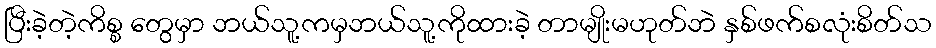
ပြီးခဲ့တဲ့ကိစ္စ တွေမှာ ဘယ်သူ့ကမှဘယ်သူ့ကိုထားခဲ့ တာမျိုးမဟုတ်ဘဲ နှစ်ဖက်စလုံးစိတ်သ